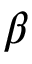
\beta